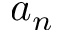
a _ { n }